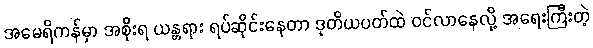
အမေရိကန်မှာ အစိုးရ ယန္တရား ရပ်ဆိုင်းနေတာ ဒုတိယပတ်ထဲ ဝင်လာနေလို့ အရေးကြီးတဲ့